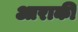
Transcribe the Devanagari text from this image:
आराकी